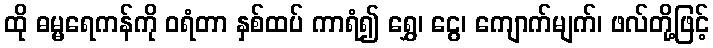
ထို ဓမ္မရေကန်ကို ဝရံတာ နှစ်ထပ် ကာရံ၍ ရွှေ၊ ငွေ၊ ကျောက်မျက်၊ ဖလ်တို့ဖြင့်